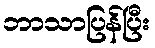
ဘာသာပြန်ပြီး